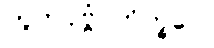
ဘူတပုဗ္ဗံ ဘိက္ခဝေ၊